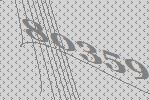
80359